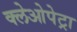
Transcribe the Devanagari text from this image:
क्लेओपेट्रा